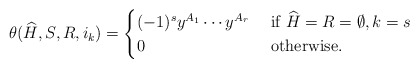
\begin{align*}\theta(\widehat{H},S,{R},i_k) = \begin{cases}(-1)^s y^{A_1} \dotsb y^{A_r} &\textrm{ if } \widehat{H} = {R} = \emptyset, k = s \\0 &\textrm{ otherwise.}\end{cases}\end{align*}